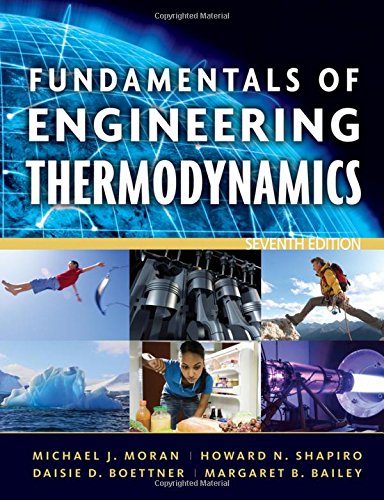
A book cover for Fundamentals of Engineering Thermodynamics, 7th Edition; Michael J. Moran; Science & Math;